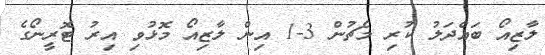
ލާޒިއޯ ބައްދަލު ކުރި މެޗުން 3-1 އިން ލާޒިއޯ މޮޅުވި އިރު ޓޮރީނޯގެ